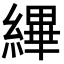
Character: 縪